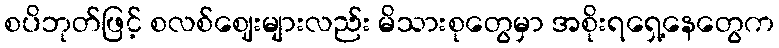
စပိဘုတ်ဖြင့် စလစ်ဈေးများလည်း မိသားစုတွေမှာ အစိုးရရှေ့နေတွေက